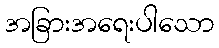
အခြားအရေးပါသော